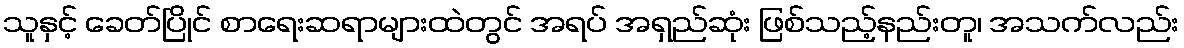
သူနှင့် ခေတ်ပြိုင် စာရေးဆရာများထဲတွင် အရပ် အရှည်ဆုံး ဖြစ်သည့်နည်းတူ၊ အသက်လည်း